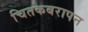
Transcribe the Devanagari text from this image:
चितकबरापन